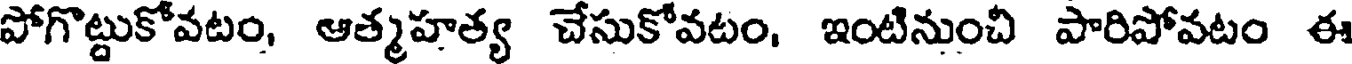
పోగొట్టుకోవటం, ఆత్మహత్య చేసుకోవటం, ఇంటినుంచి పారిపోవటం ఈ